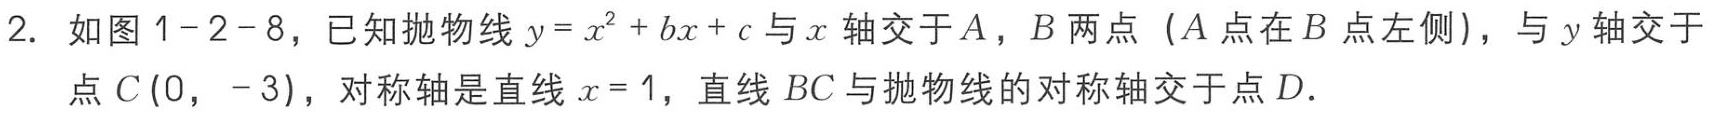
2. 如图1-2-8，已知抛物线\(y = x^{2}+bx + c\)与\(x\)轴交于\(A\)，\(B\)两点（\(A\)点在\(B\)点左侧），与\(y\)轴交于点\(C(0,-3)\)，对称轴是直线\(x = 1\)，直线\(BC\)与抛物线的对称轴交于点\(D\).